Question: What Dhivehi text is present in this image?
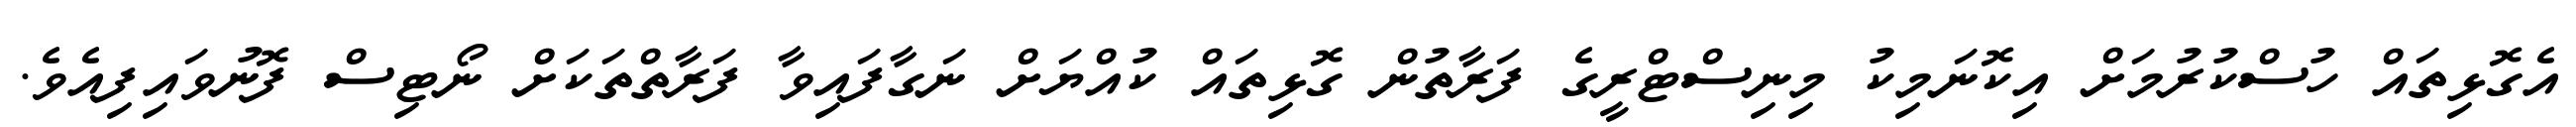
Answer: އެގޮޅިތައް ހުސްކުރުމަށް އިކޮނަމިކު މިނިސްޓްރީގެ ފަރާތުން ގޮޅިތައް ކުއްޔަށް ނަގާފައިވާ ފަރާތްތަކަށް ނޯޓިސް ފޮނުވައިފިއެވެ.